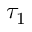
\tau _ { 1 }